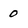
Character: 0